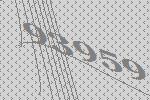
93959